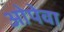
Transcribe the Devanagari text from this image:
ओपेवा